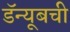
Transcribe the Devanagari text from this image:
डॅन्यूबची